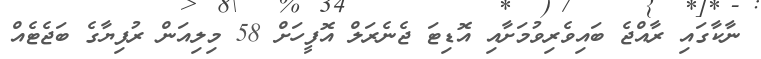
ނާކާގައި ރާއްޖެ ބައިވެރިވުމަށާއި އޮޑިޓަ ޖެނެރަލް އޮފީހަށް 58 މިލިއަން ރުފިޔާގެ ބަޖެޓެއް